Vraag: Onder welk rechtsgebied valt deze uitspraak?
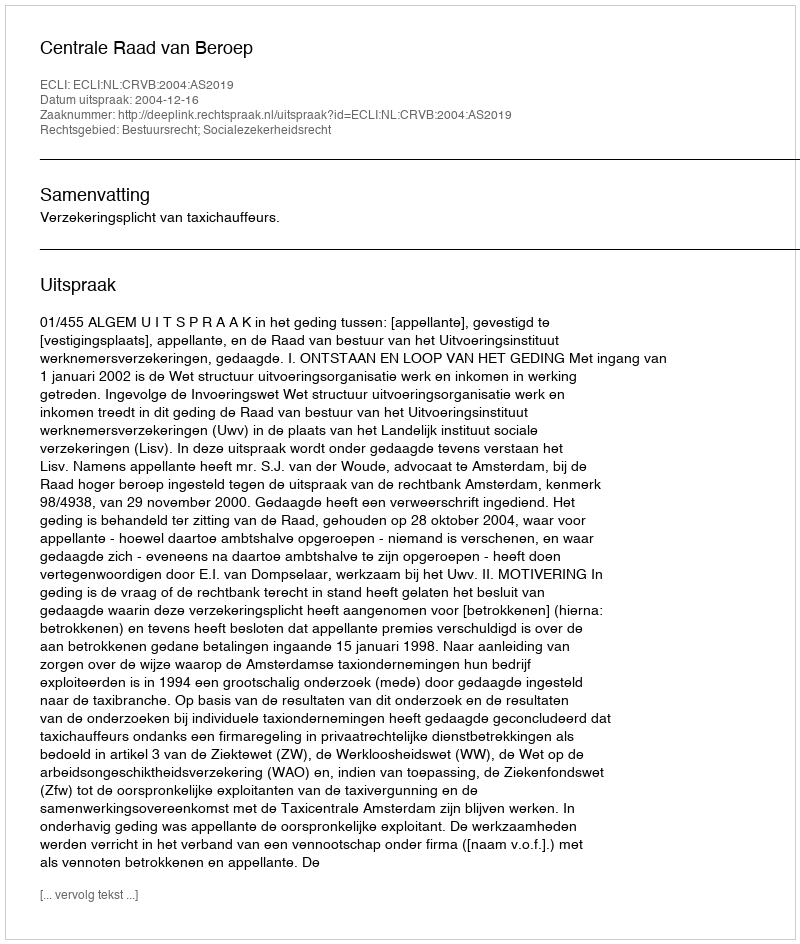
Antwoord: Bestuursrecht; Socialezekerheidsrecht